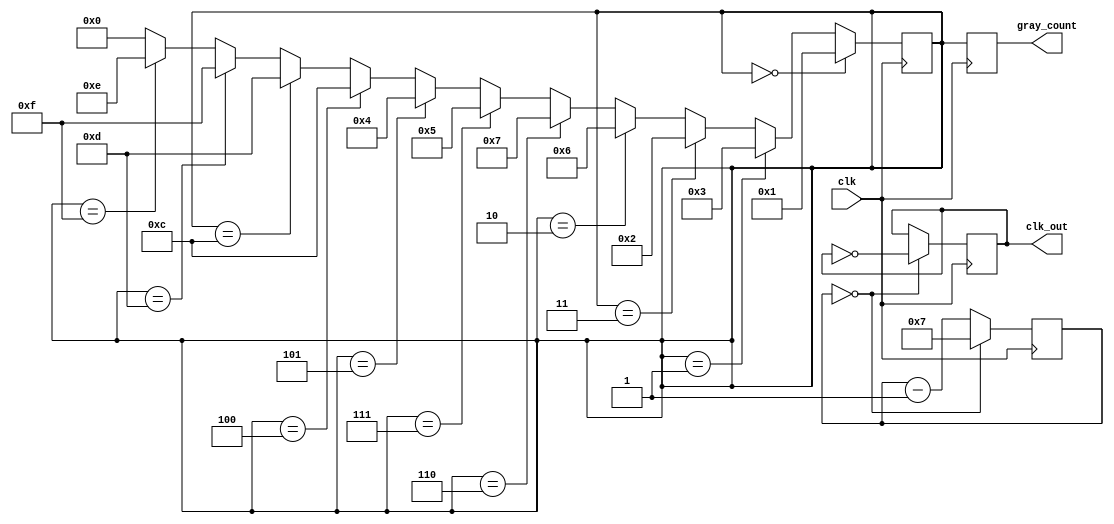
module timing_control_sync_block(
    input wire clk,
    output reg [3:0] gray_count,
    output reg clk_out
);

reg [3:0] gray_count_reg;
reg [7:0] div_count;

always @(posedge clk) begin
    // Gray counter
    if (gray_count_reg == 4'b0000)
        gray_count_reg <= 4'b0001;
    else if (gray_count_reg == 4'b0001)
        gray_count_reg <= 4'b0011;
    else if (gray_count_reg == 4'b0011)
        gray_count_reg <= 4'b0010;
    else if (gray_count_reg == 4'b0010)
        gray_count_reg <= 4'b0110;
    else if (gray_count_reg == 4'b0110)
        gray_count_reg <= 4'b0111;
    else if (gray_count_reg == 4'b0111)
        gray_count_reg <= 4'b0101;
    else if (gray_count_reg == 4'b0101)
        gray_count_reg <= 4'b0100;
    else if (gray_count_reg == 4'b0100)
        gray_count_reg <= 4'b1100;
    else if (gray_count_reg == 4'b1100)
        gray_count_reg <= 4'b1101;
    else if (gray_count_reg == 4'b1101)
        gray_count_reg <= 4'b1111;
    else if (gray_count_reg == 4'b1111)
        gray_count_reg <= 4'b1110;
    else
        gray_count_reg <= 4'b0000;

    gray_count <= gray_count_reg;

    // Clock divider
    if (div_count == 8'd0) begin
        clk_out <= ~clk_out;
        div_count <= 8'd7;
    end else begin
        div_count <= div_count - 1;
    end
end

endmodule